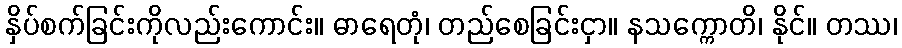
နှိပ်စက်ခြင်းကိုလည်းကောင်း။ ဓာရေတုံ၊ တည်စေခြင်းငှာ။ နသက္ကောတိ၊ နိုင်။ တဿ၊